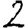
Digit: 2